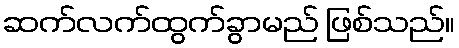
ဆက်လက်ထွက်ခွာမည် ဖြစ်သည်။